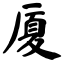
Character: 厦